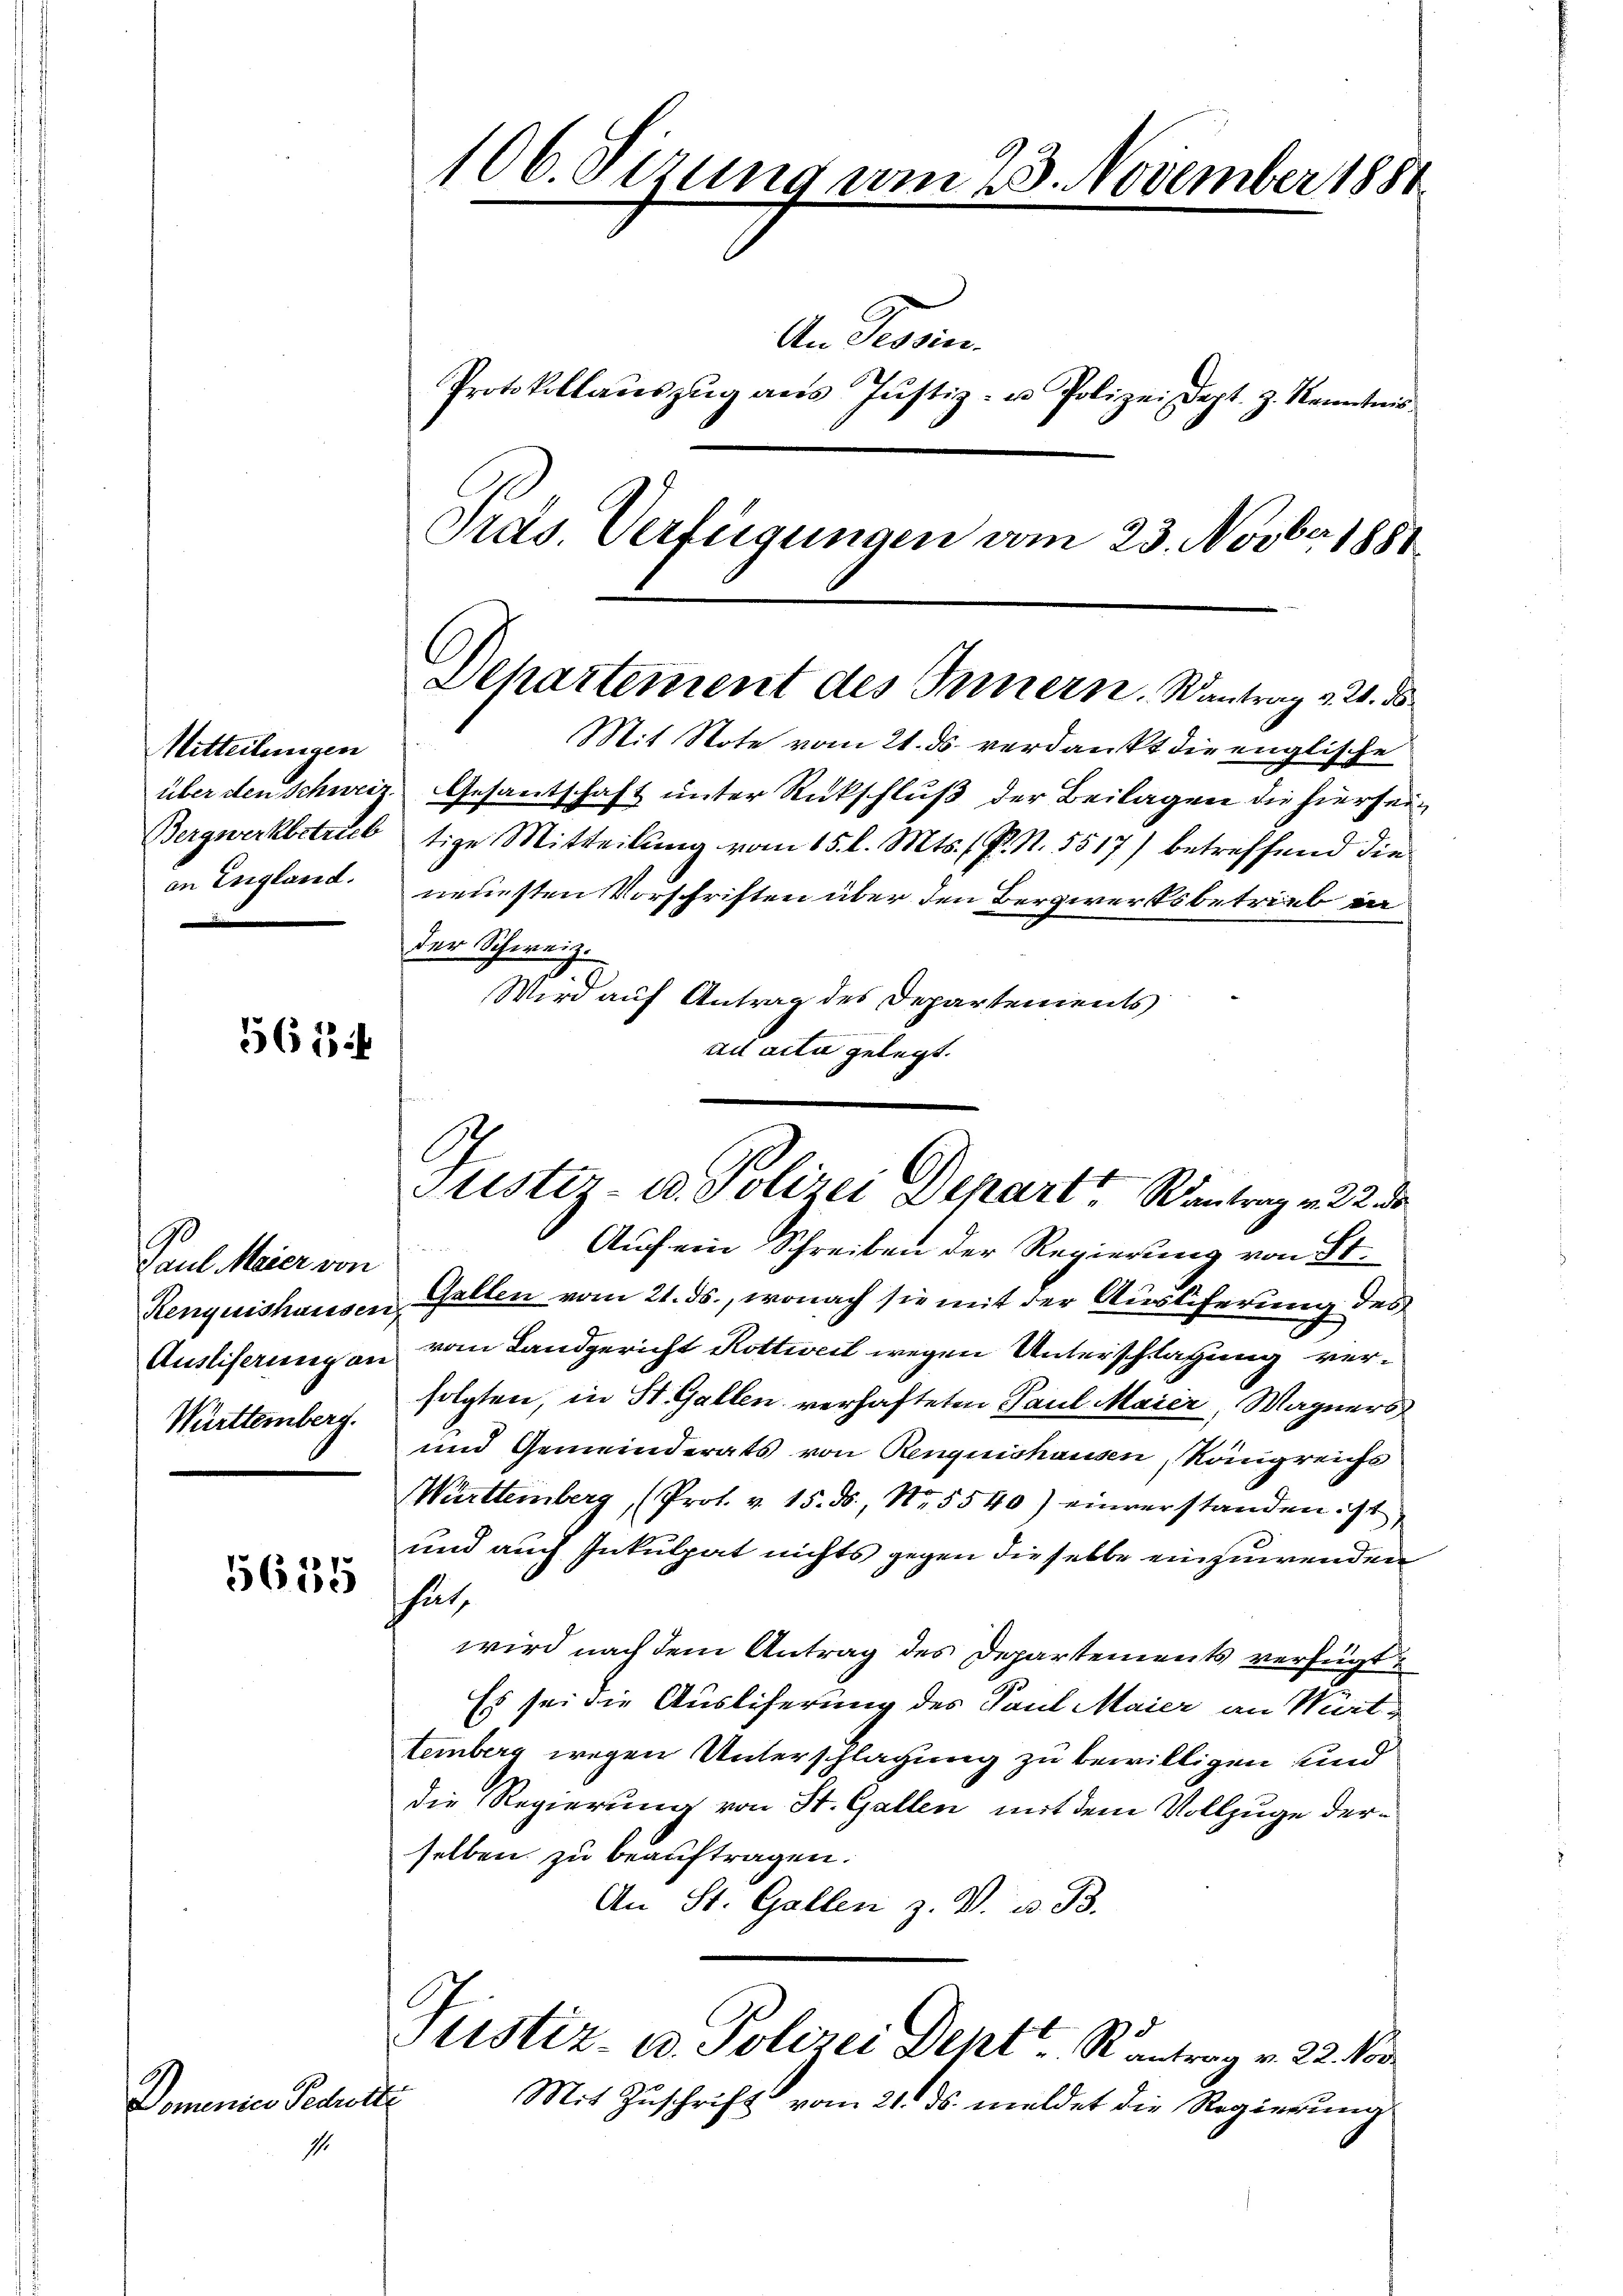
Mitteilungen
Bergwerkbetrieb
in England.

565

Paul Meier von
Kenquishauser
Ausliferung an
Württemberg.

5635

Domenier Feder
s

106. Sizung vom 23. November 1881
Protokollaŭszŭg ans Jŭstiz- u Polizei dept. z. Kenntnis
Präs. Verfügungen vom 23. Novber 1881

An Provin

Dehartement des Innern. Wantrag v. 20. ds

Mit Note vom 21. ds. verdankt die englische
über den Schweiz. Gesantschaft unter Rückschluß der Beilagen die hierseitige Mitteilung vom 15. l. Mts. f. P. N. 5517) betreffend die
neuesten Vorschriften über den Bergwerksbetrieb in
der Schweiz.
Wird auf Antrag des Departements
ad acta gelegt.
Auch ein Schreiben der Regierung von St.
Gallen vom 21. ds., wonach sie mit der Auslieferung des
vom Landgericht Rottweil wegen Unterschlagung verfolgten, in St. Gallen verhafteten Paul Maier, Wagners
und Gemeinderats von Renquishausen, Königreichs
Württemberg, (Prot. v. 15. ds., Nr. 5540) einverstanden ist,
und auch Inkulpat nichts gegen dieselbe einzuwenden
hat
wird nach dem Antrag des Departements verfügt
Es sei die Auslicherung des Paul Maier an Mattemberg wegen Unterschlagung zu bewilligen und
die Regierung von St. Gallen mit dem Vollzuge derselben zu beauftragen.
An St. Gallen z. V. u. B.
Justiz- u. Polizei Dent Kantrag v. 22. Nov
¬
Mit Zuschrift vom 21. ds. meldet die Regierung

C
Juester- u. Polizei Depart antrag v. 22 de